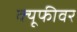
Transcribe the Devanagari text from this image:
क्यूफीवर